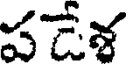
పడేళ